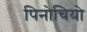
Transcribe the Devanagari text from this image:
पिनोचियो